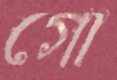
গো